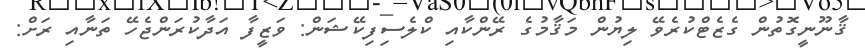
ޤާނޫނީގޮތުން ގެޒެޓްކުރެވޭ ލިޔުން މަޤާމުގެ ރޭންކާއި ކްލެސިފިކޭޝަން: ވަޒީފާ އަދާކުރަންޖެހޭ ތަނާއި ރަށް: